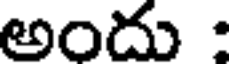
అందు :